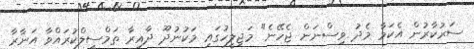
ސަރުކާރުން އެކަމާ މެދު ވިސްނަން ޖެހޭނެ" މަޖިލީހުގައި މަކުނުދޫ ދާއިރާ ތަމްސީލްކުރައްވާ އަނާރާ